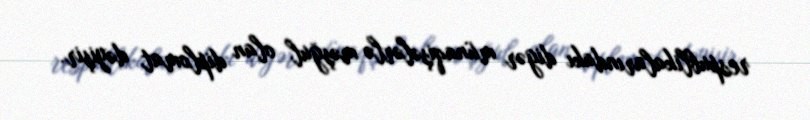
respublikalarındakı digər münaqişələrlə məşğul olan diplomat dəyişir.